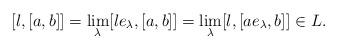
LaTeX: \begin{align*}[l,[a,b]]=\lim_\lambda [le_\lambda ,[a,b]]=\lim_\lambda [l,[ae_\lambda,b]]\in L.\end{align*}